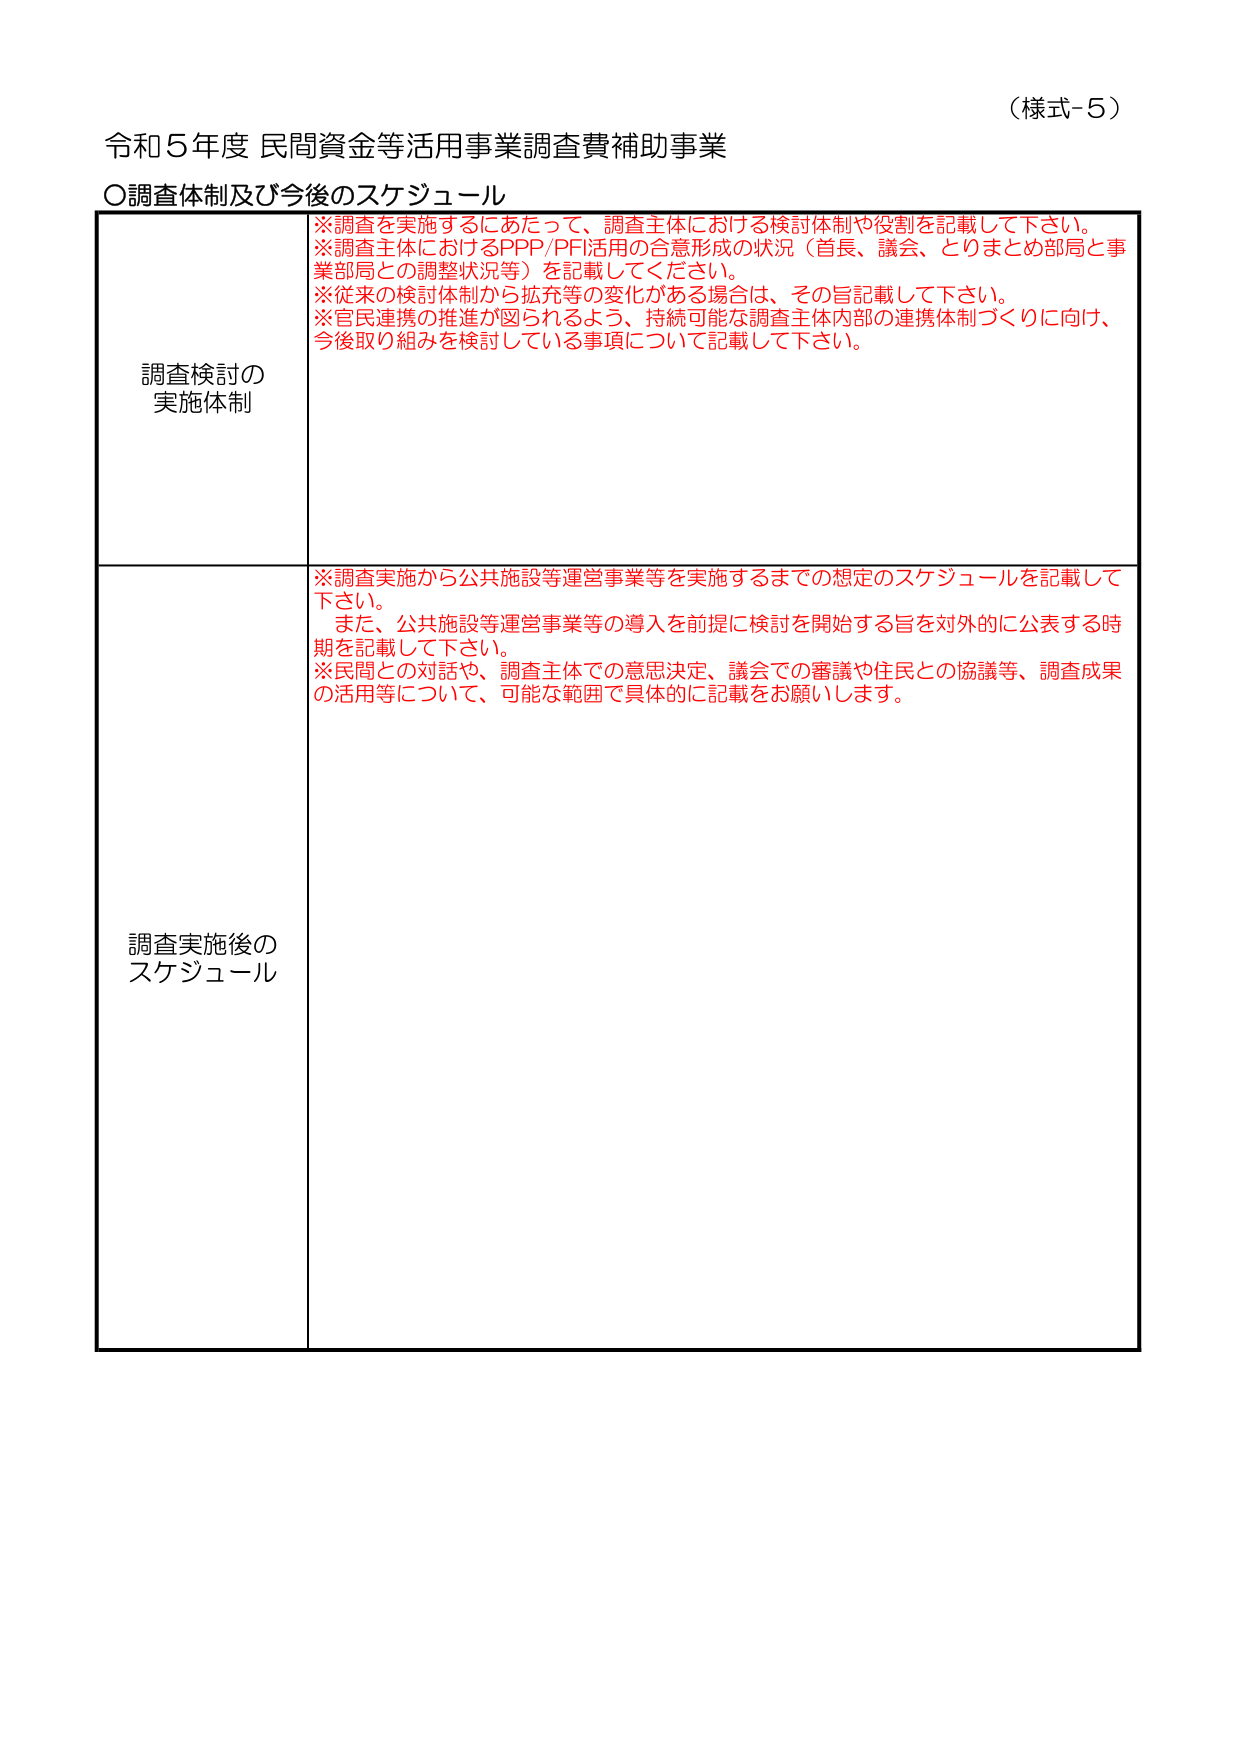
（様式-5）

令和5年度 民間資金等活用事業調査費補助事業

○調査体制及び今後のスケジュール

調査検討の
実施体制
※調査を実施するにあたって、調査主体における検討体制や役割を記載して下さい。
※調査主体におけるPPP/PFI活用の合意形成の状況（首長、議会、とりまとめ部局と事業部局との調整状況等）を記載してください。
※従来の検討体制から拡充等の変化がある場合は、その旨記載して下さい。
※官民連携の推進が図られるよう、持続可能な調査主体内部の連携体制づくりに向け、
今後取り組みを検討している事項について記載して下さい。

調査実施後の
スケジュール
※調査実施から公共施設等運営事業等を実施するまでの想定のスケジュールを記載して
下さい。
また、公共施設等運営事業等の導入を前提に検討を開始する旨を対外的に公表する時
期を記載して下さい。
※民間との対話や、調査主体での意思決定、議会での審議や住民との協議等、調査成果
の活用等について、可能な範囲で具体的に記載をお願いします。